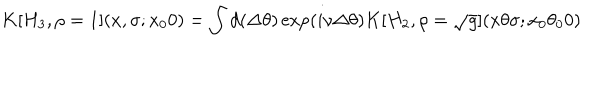
K [ H _ { 3 } , \rho = 1 ] ( x , \sigma ; x _ { 0 } 0 ) = \int d ( \Delta \theta ) \exp ( i \nu \Delta \theta ) K [ H _ { 2 } , \rho = \sqrt { g } ] ( x \theta \sigma ; x _ { 0 } \theta _ { 0 } 0 )